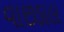
વાછડાલ